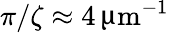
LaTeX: \pi/\zeta\approx 4\, \upmu\mathrm{m}^{-1}